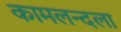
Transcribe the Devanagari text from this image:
कामलन्दला